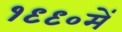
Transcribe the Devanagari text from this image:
१९९०में